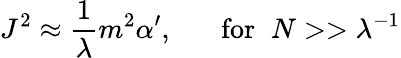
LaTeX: J^{2}\approx\frac{1}{\lambda}m^{2}\alpha^{\prime},\; \; \; \; \; \; \mathrm{for}\; \; N>>\lambda^{-1}